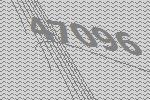
47096